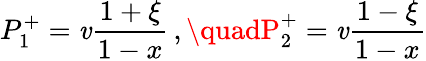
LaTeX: P_{1}^{+}=\mathit{v}\frac{{1+\xi}}{{1-x}}\, ,\quadP_{2}^{+}=\mathit{v}\frac{{1-\xi}}{{1-x}}